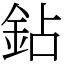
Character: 鉆